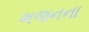
ભજનના